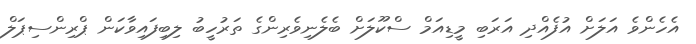
އެހެންވެ އަލަށް އުފެއްދި އަރަބި މީޑިއަމް ސްކޫލަށް ބެލެނިވެރިންގެ ތަރުހީބު ލިބިފައިވާކަން ޕްރިންސިޕަލް